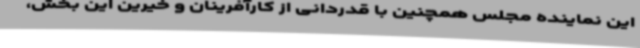
این نماینده مجلس همچنین با قدردانی از کارآفرینان و خیرین این بخش،